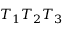
T _ { 1 } T _ { 2 } T _ { 3 }